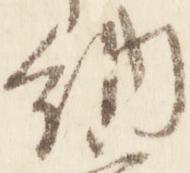
納